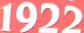
1922